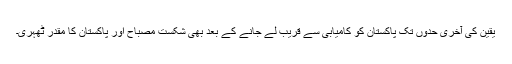
یقین کی آخری حدوں تک پاکستان کو کامیابی سے قریب لے جانے کے بعد بھی شکست مصباح اور پاکستان کا مقدر ٹھہری۔